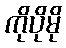
ကိုပိုမို